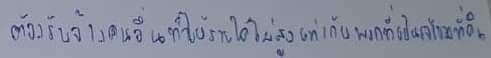
ต้องรับจ้างคนอื่นทำให้รายได้ไม่สูงเท่ากับพวกที่เป็นเจ้าของที่ดิน